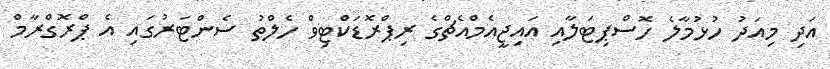
އަދި މިއަދު ހުޅުމާލެ ހޮސްޕިޓަލާއި އައިޖީއެމްއެޗްގެ ރިޕްރޮޑަކްޓިވް ހެލްތު ސެންޓަރުގައި އެ ޕްރޮގްރާމް